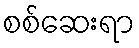
စစ်ဆေးရာ